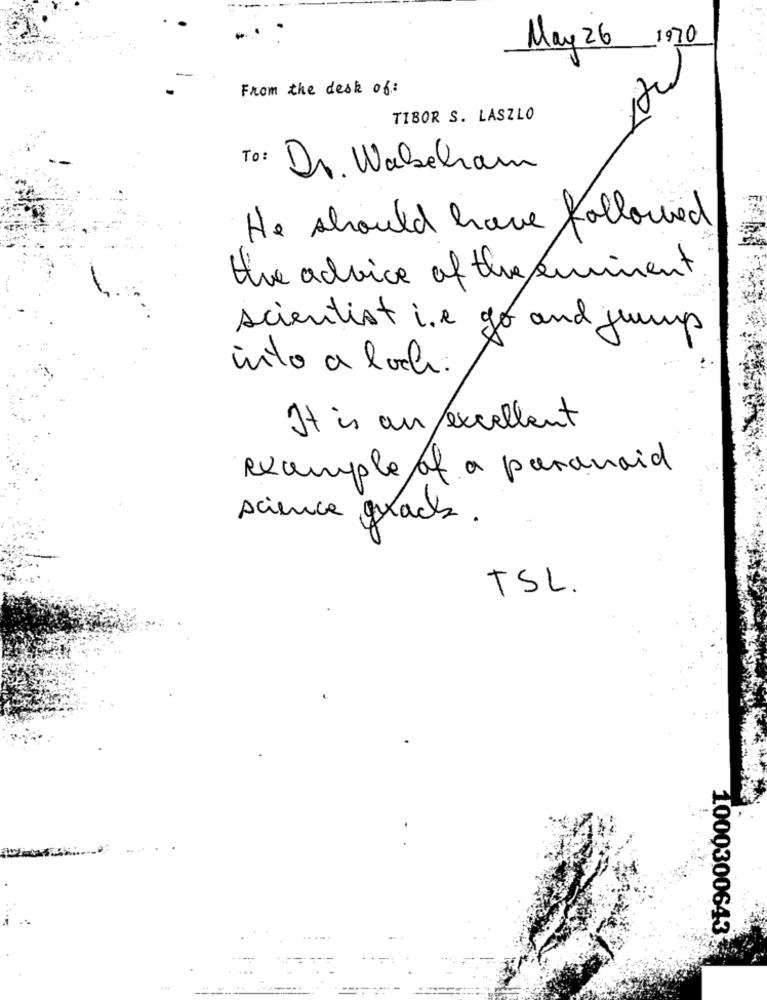
1970
May 26
From the desk of:
TIBOR S. LASZLO
To:
Dr. Wabeham
He should have followed
the advice of the eminent
scientist i.e go and jump
into a loch.
It is an excellent
example of a paranoid
science gelach.
TSL.
1000300643
--